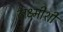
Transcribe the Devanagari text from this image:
लक्ष्मीशी